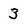
Character: 3